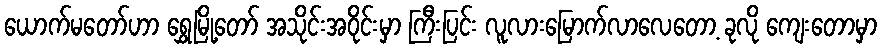
ယောက်မတော်ဟာ ရွှေမြို့တော် အသိုင်းအဝိုင်းမှာ ကြီးပြင်း လူလားမြောက်လာလေတော့ ခုလို ကျေးတောမှာ